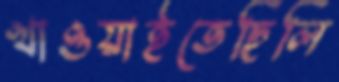
খাওয়াইতেছিলি